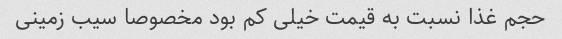
حجم غذا نسبت به قیمت خیلی کم بود مخصوصا سیب زمینی